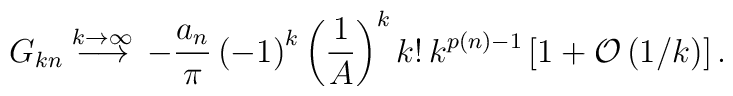
G_{kn}\stackrel{k \rightarrow \infty}{\longrightarrow}\,-\frac{a_n}{\pi}\left(-1\right)^k \left(\frac{1}{A}\right)^k k!\, k^{p(n)-1}\left[1+{\cal O} \left(1/k \right)\right].